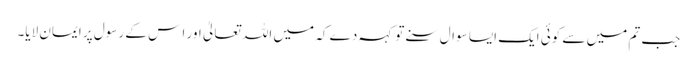
جب تم میں سے کوئی ایک ایسا سوال سنے تو کہہ دے کہ میں اللہ تعالیٰ اور ا س کے رسول پر ایمان لایا۔